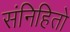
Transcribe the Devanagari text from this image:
संनिहितो